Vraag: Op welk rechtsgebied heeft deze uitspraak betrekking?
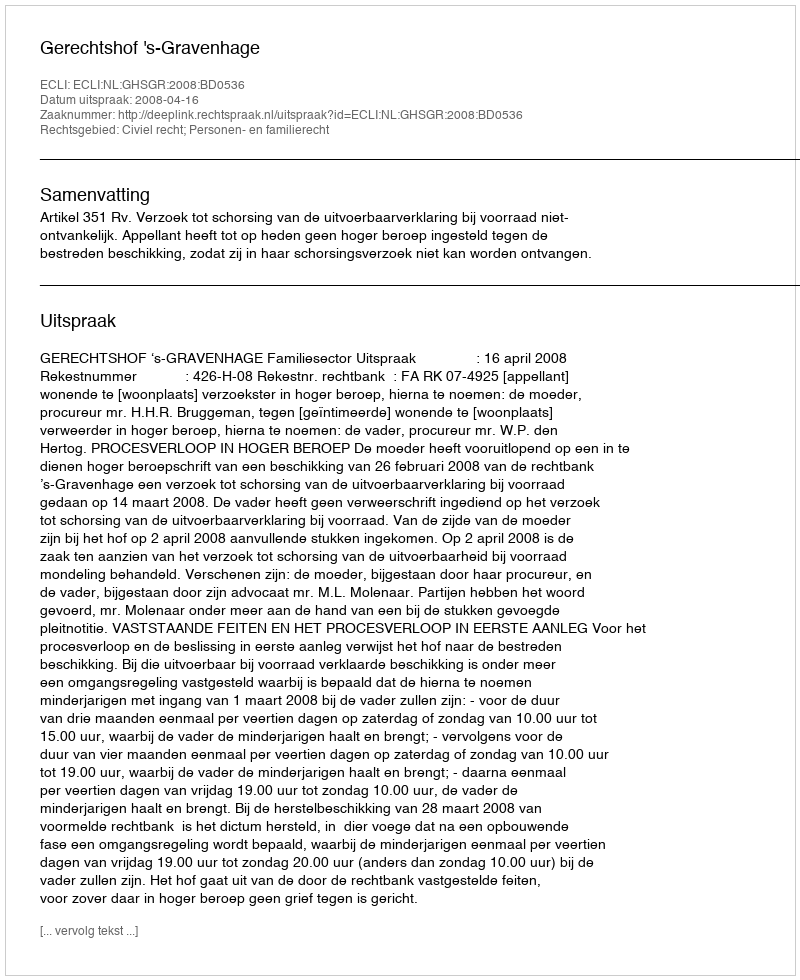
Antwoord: Civiel recht; Personen- en familierecht